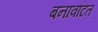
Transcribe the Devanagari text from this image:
बनावटित